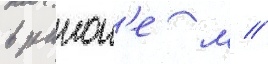
в раион'е м //